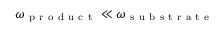
\omega _ { \mathrm { ~ p ~ r ~ o ~ d ~ u ~ c ~ t ~ } } \ll \omega _ { \mathrm { ~ s ~ u ~ b ~ s ~ t ~ r ~ a ~ t ~ e ~ } }